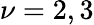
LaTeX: \nu=2,3